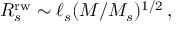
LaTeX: R _ { s } ^ { \mathrm { r w } } \sim \ell _ { s } ( M / M _ { s } ) ^ { 1 / 2 } \, ,